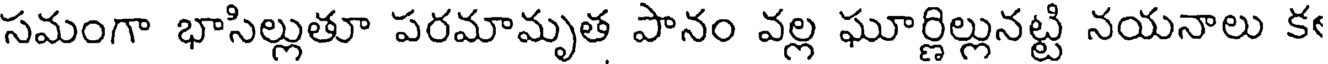
సమంగా భాసిల్లుతూ పరమామృత పానం వల్ల ఘూర్ణిల్లునట్టి నయనాలు క